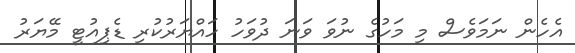
އެހެން ނަމަވެސް މި މަހުގެ ނުވަ ވަނަ ދުވަހު ހައްޔަރުކުރި ޑެޕިއުޓީ މޭޔަރު